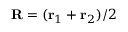
{ \bf R } = ( { \bf r } _ { 1 } + { \bf r } _ { 2 } ) / 2